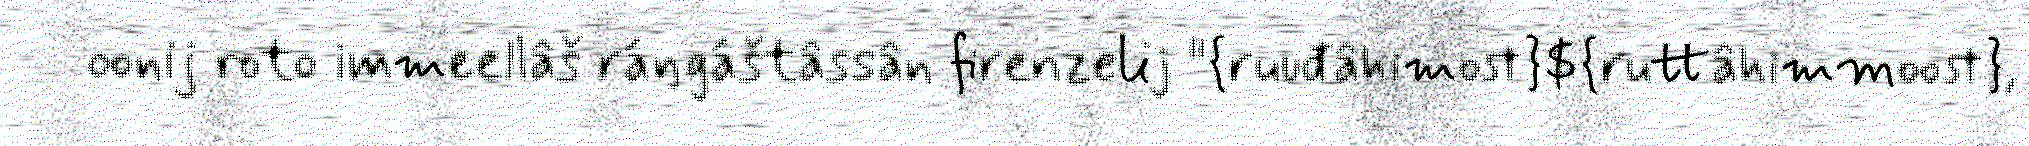
oonij roto immeellâš ráŋgáštâssân firenzelij "{ruuđâhimost}${ruttâhimmoost},